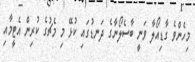
މިހެންވެ ގާޑިއޯލާ ވަނީ ބާސެލޯނާގެ ދަނޑުގައި ކުޅޭ މި މެޗުގެ ކުރިން އެޓީމާއި